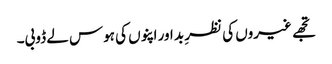
تجھے غیروں کی نظرِ بد اور اپنوں کی ہوس لے ڈوبی۔